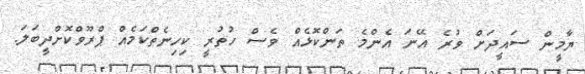
ޔާމީން ސައީދަށް ވުރެ އޭނަ އެންމެ ތަންކޮޅެއް ވެސް ހުތުރީ ކިހިނެތްކަމެއް ޕްރޫވްކޮށްދީބަލަ.